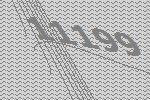
11199